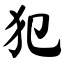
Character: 犯